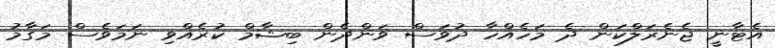
އެޓާނީ ޖެނެރަލްކަން ދެ މަހެއްހާ ދުވަސް ވަންދެން ބިޝާމް ކުރެއްވި ނަމަވެސް މަގާމު